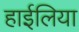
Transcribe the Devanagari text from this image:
हाईलिया